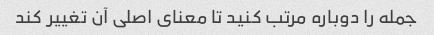
جمله را دوباره مرتب کنید تا معنای اصلی آن تغییر کند